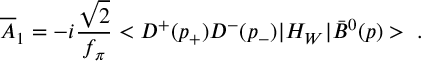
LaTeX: { \overline { { { \cal A } } } } _ { 1 } = - i { \frac { \sqrt { 2 } } { f _ { \pi } } } < D ^ { + } ( p _ { + } ) D ^ { - } ( p _ { - } ) | H _ { W } | { \bar { B } } ^ { 0 } ( p ) > \; .